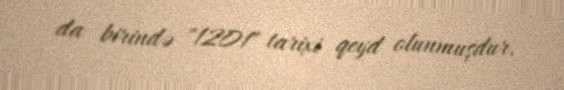
da birində "1201" tarixi qeyd olunmuşdur.